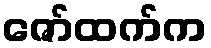
ဇော်ထက်က